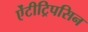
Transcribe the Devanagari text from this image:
ऐंटीट्रिपसिन